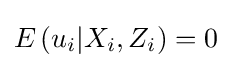
E\left(u_{i}|X_{i},Z_{i}\right)=0